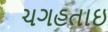
ચગહતાઇ